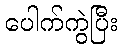
ပေါက်ကွဲပြီး